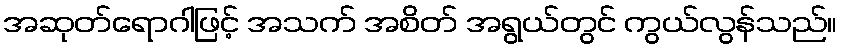
အဆုတ်ရောဂါဖြင့် အသက် အစိတ် အရွယ်တွင် ကွယ်လွန်သည်။